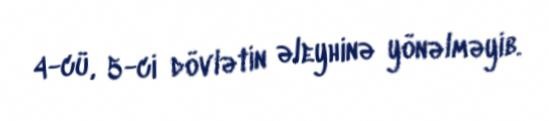
4-cü, 5-ci dövlətin əleyhinə yönəlməyib.